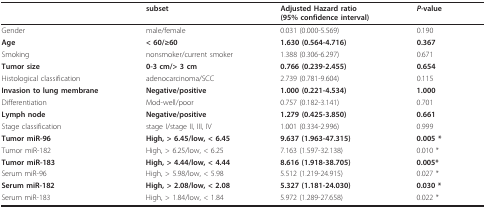
<table><thead><tr><td></td><td><b>subset</b></td><td><b>Adjusted Hazard ratio(95% confidence interval)</b></td><td><b><i>P-</i>value</b></td></tr></thead><tbody><tr><td>Gender</td><td>male/female</td><td>0.031 (0.000-5.569)</td><td>0.190</td></tr><tr><td><b>Age</b></td><td><b>&lt; 60/≥60</b></td><td><b>1.630 (0.564-4.716)</b></td><td><b>0.367</b></td></tr><tr><td>Smoking</td><td>nonsmoker/current smoker</td><td>1.388 (0.306-6.297)</td><td>0.671</td></tr><tr><td><b>Tumor size</b></td><td><b>0-3 cm/&gt; 3 cm</b></td><td><b>0.766 (0.239-2.455)</b></td><td><b>0.654</b></td></tr><tr><td>Histological classification</td><td>adenocarcinoma/SCC</td><td>2.739 (0.781-9.604)</td><td>0.115</td></tr><tr><td><b>Invasion to lung membrane</b></td><td><b>Negative/positive</b></td><td><b>1.000 (0.221-4.534)</b></td><td><b>1.000</b></td></tr><tr><td>Differentiation</td><td>Mod-well/poor</td><td>0.757 (0.182-3.141)</td><td>0.701</td></tr><tr><td><b>Lymph node</b></td><td><b>Negative/positive</b></td><td><b>1.279 (0.425-3.850)</b></td><td><b>0.661</b></td></tr><tr><td>Stage classification</td><td>stage I/stage II, III, IV</td><td>1.001 (0.334-2.996)</td><td>0.999</td></tr><tr><td><b>Tumor miR-96</b></td><td><b>High, &gt; 6.45/low, &lt; 6.45</b></td><td><b>9.637 (1.963-47.315)</b></td><td><b>0.005 *</b></td></tr><tr><td>Tumor miR-182</td><td>High, &gt; 6.25/low, &lt; 6.25</td><td>7.163 (1.597-32.138)</td><td>0.010 *</td></tr><tr><td><b>Tumor miR-183</b></td><td><b>High, &gt; 4.44/low, &lt; 4.44</b></td><td><b>8.616 (1.918-38.705)</b></td><td><b>0.005*</b></td></tr><tr><td>Serum miR-96</td><td>High, &gt; 5.98/low, &lt; 5.98</td><td>5.512 (1.219-24.915)</td><td>0.027 *</td></tr><tr><td><b>Serum miR-182</b></td><td><b>High, &gt; 2.08/low, &lt; 2.08</b></td><td><b>5.327 (1.181-24.030)</b></td><td><b>0.030 *</b></td></tr><tr><td>Serum miR-183</td><td>High, &gt; 1.84/low, &lt; 1.84</td><td>5.972 (1.289-27.658)</td><td>0.022 *</td></tr></tbody></table>